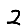
Digit: 2